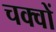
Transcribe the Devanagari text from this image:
चक्वों